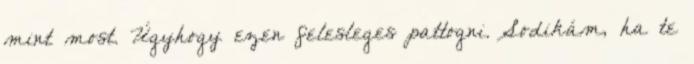
mint most. Úgyhogy ezen felesleges pattogni. Sodikám, ha te